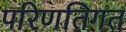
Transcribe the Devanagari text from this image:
परिणतिगत